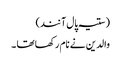
( ستیہ پال آنند)
والدین نے نام رکھا تھا ۔